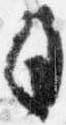
日